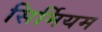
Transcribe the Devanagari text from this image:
सिर्मियम